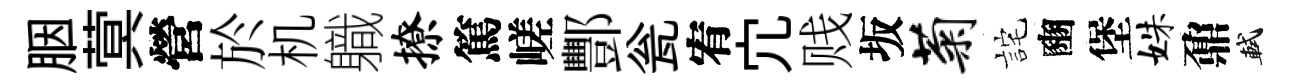
胭蓂營於机軄撩篤嵯酆瓮宥宂贱坂菊詫豳堡姝鼐軾